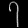
Digit: ၇